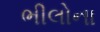
ભીલોના